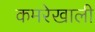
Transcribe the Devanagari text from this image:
कमरेखाली